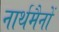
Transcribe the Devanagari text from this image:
नार्थमैनों